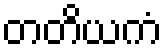
တတိယကံ